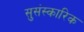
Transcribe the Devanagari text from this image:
सुसंस्कारिक